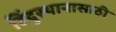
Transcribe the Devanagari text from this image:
हिंदुस्थानासाठी